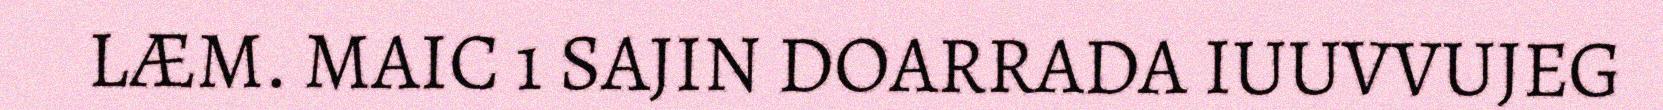
LÆM. MAIC 1 SAJIN DOARRADA IUUVVUJEG